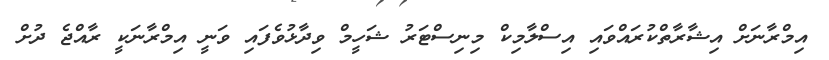
އިމްރާނަށް އިޝާރާތްކުރައްވައި އިސްލާމިކް މިނިސްޓަރު ޝަހީމް ވިދާޅުވެފައި ވަނީ އިމްރާނަކީ ރާއްޖެ ދުށް